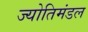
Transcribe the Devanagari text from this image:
ज्योतिमंडल